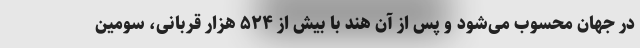
در جهان محسوب می‌شود و پس از آن هند با بیش از ۵۲۴ هزار قربانی، سومین